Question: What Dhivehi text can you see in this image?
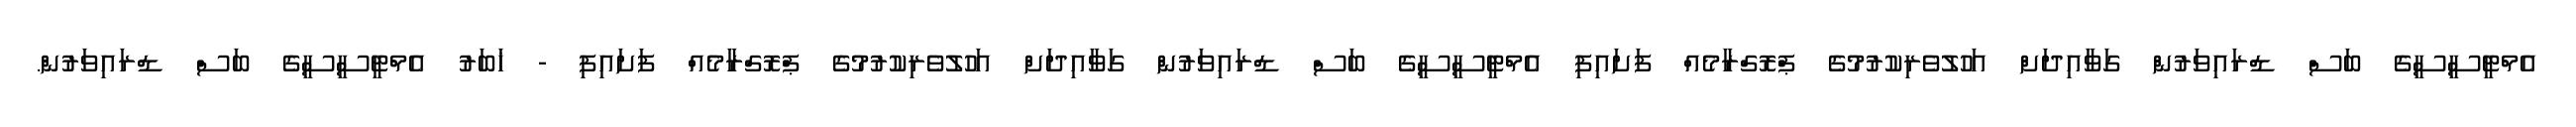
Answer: އެމްޓީސީސީގެ ބަސް ޑްރައިވަރުން ގަވާއިދަށް އަހުލުވެރިކުރުމުގެ ޕްރޮގްރާމެއް ފަށައިފި އެމްޓީސީސީގެ ބަސް ޑްރައިވަރުން ގަވާއިދަށް އަހުލުވެރިކުރުމުގެ ޕްރޮގްރާމެއް ފަށައިފި - ޚަބަރު އެމްޓީސީސީގެ ބަސް ޑްރައިވަރުން.